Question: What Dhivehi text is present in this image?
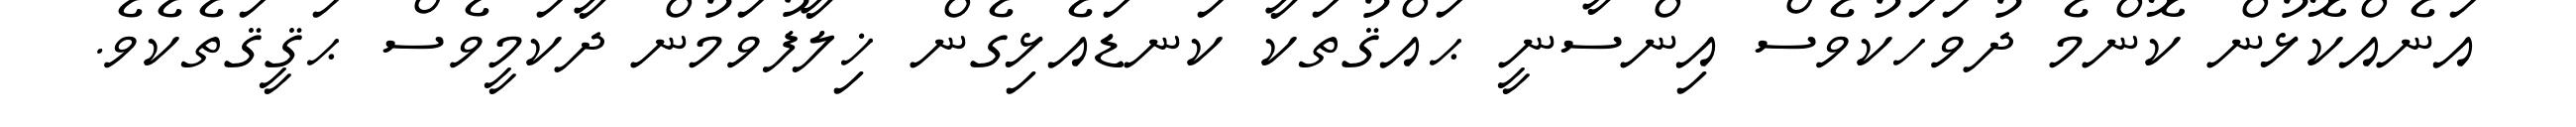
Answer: އަނެއްކޮޅުން ކޮންމެ ދުވަހަކުވެސް އިންސާނީ ޙައްޤުތަކާ ކަނޑައެޅިގެން ޚިލާފުވަމުން ދާކަމީވެސް ޙަޤީޤަތެކެވެ.